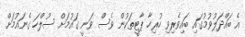
އެ ބައްދަލުވުމުގައި ބައިވެރިވި ހުރިހާ ޕާޓީތަކުން ވެސް ވަނީ ގައުމަށް ސުލްހަ ގެނައުމަށް